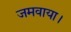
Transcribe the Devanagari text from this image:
जमवाया।